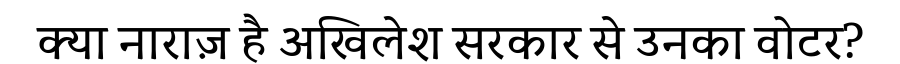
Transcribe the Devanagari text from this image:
क्या नाराज़ है अखिलेश सरकार से उनका वोटर?